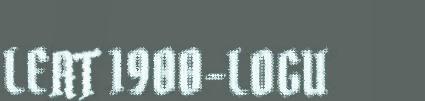
LEAT 1900-LOGU